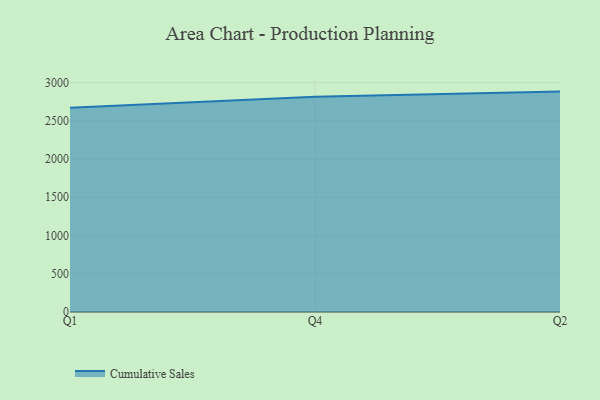
{"axis": {"x": "Quarter", "y": "Operating Costs (USD K)"}, "legend": ["Cumulative Sales"], "data": [{"x": "Q1", "y": 2671.2, "type": "Cumulative Sales"}, {"x": "Q4", "y": 2813.3, "type": "Cumulative Sales"}, {"x": "Q2", "y": 2881.9, "type": "Cumulative Sales"}]}